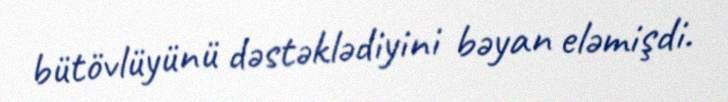
bütövlüyünü dəstəklədiyini bəyan eləmişdi.